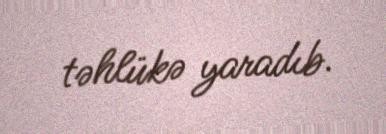
təhlükə yaradıb.